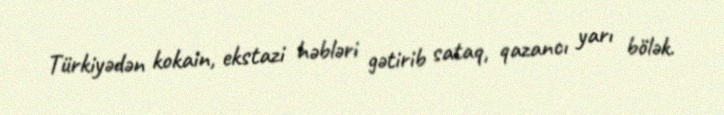
Türkiyədən kokain, ekstazi həbləri gətirib sataq, qazancı yarı bölək.